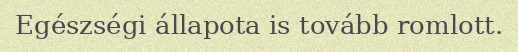
Egészségi állapota is tovább romlott.